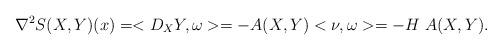
LaTeX: \begin{align*}\nabla^2 S(X,Y)(x)=<D_{X}Y,\omega>= -A(X,Y) <\nu,\omega>= -H\ A(X,Y).\end{align*}